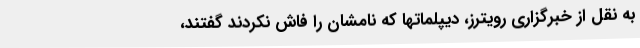
به نقل از خبرگزاری رویترز، دیپلماتها که نامشان را فاش نکردند گفتند،